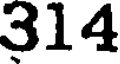
314